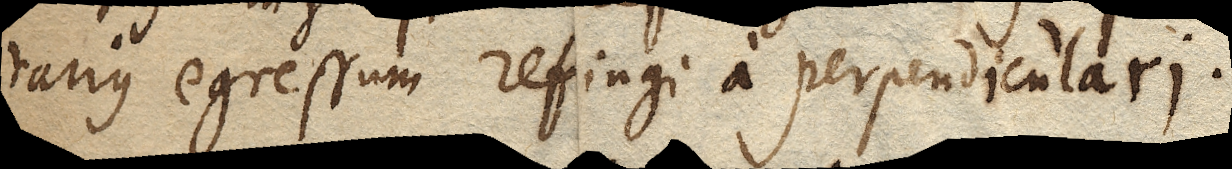
rarius egressum refringi a perpendiculari.